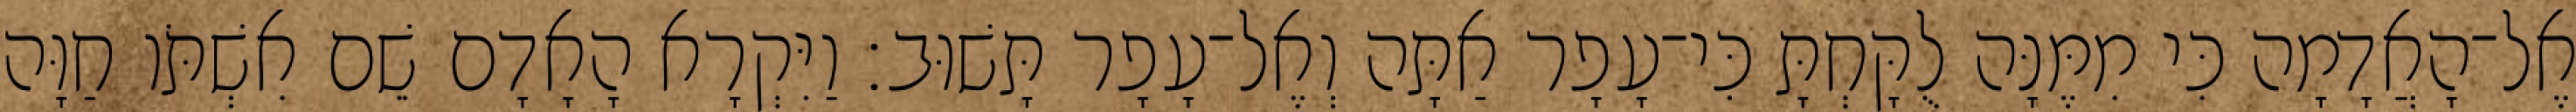
אֶל־הָאֲדָמָה כִּי מִמֶּנָּה לֻקָּחְתָּ כִּי־עָפָר אַתָּה וְאֶל־עָפָר תָּשׁוּב׃ וַיִּקְרָא הָאָדָם שֵׁם אִשְׁתֹּו חַוָּה